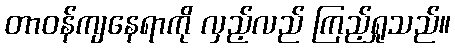
တာဝန်ကျနေရာကို လှည့်လည် ကြည့်ရှုသည်။